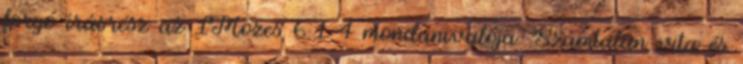
forgó írásrész az 1Mózes 6:1-4 mondanivalója. Számtalan vita és